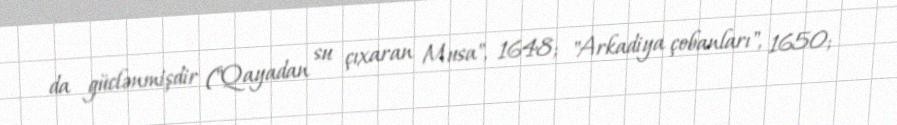
da güclənmişdir ("Qayadan su çıxaran Musa", 1648; "Arkadiya çobanları", 1650;